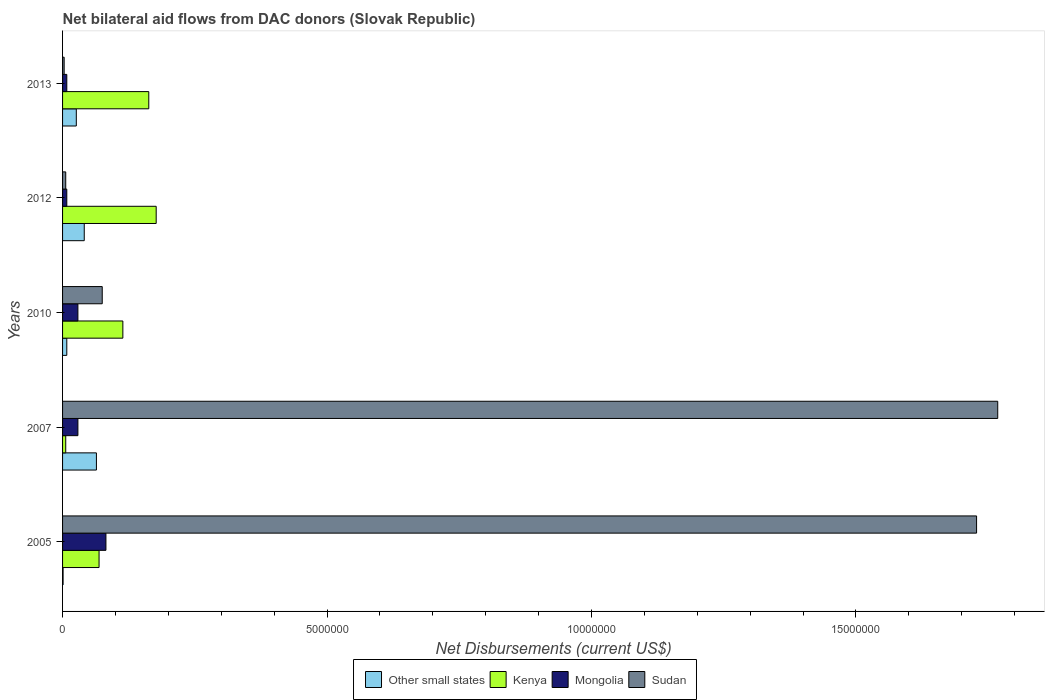
| Years | Other small states | Kenya | Mongolia | Sudan |
 | --- | --- | --- | --- | --- |
 | 2005 | 1e+04 | 6.9e+05 | 8.2e+05 | 1.73e+07 |
 | 2007 | 6.4e+05 | 6e+04 | 2.9e+05 | 1.77e+07 |
 | 2010 | 8e+04 | 1.14e+06 | 2.9e+05 | 7.5e+05 |
 | 2012 | 4.1e+05 | 1.77e+06 | 8e+04 | 6e+04 |
 | 2013 | 2.6e+05 | 1.63e+06 | 8e+04 | 3e+04 |